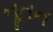
નૂતન